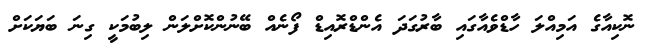
ނޮކިއާގެ އަމިއްލަ ހާޑްވެއާގައި ބާރުގަދަ އެންޑްރޮއިޑް ފޯނެއް ބޭނުންކޮށްލަން ލިބުމަކީ ގިނަ ބަޔަކަށް